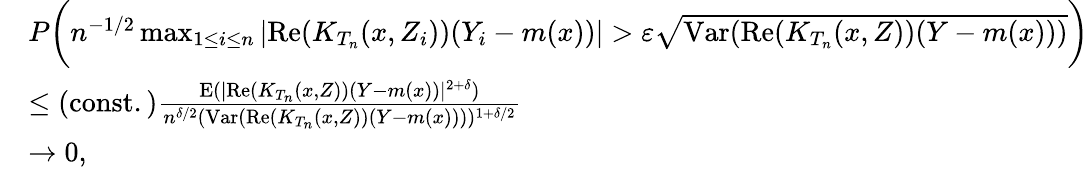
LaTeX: \begin{array}{rl}&{P\bigg(n^{-1/2}\operatorname*{max}_{1\leq i\leq n}|\mathrm{Re}(K_{T_{n}}(x,Z_{i}))(Y_{i}-m(x))|>\varepsilon\sqrt{\mathrm{Var}(\mathrm{Re}(K_{T_{n}}(x,Z))(Y-m(x)))}\bigg)}\\ &{\leq\mathrm{(const.)}\frac{\mathrm{E}(|\mathrm{Re}(K_{T_{n}}(x,Z))(Y-m(x))|^{2+\delta})}{n^{\delta/2}(\mathrm{Var}(\mathrm{Re}(K_{T_{n}}(x,Z))(Y-m(x))))^{1+\delta/2}}}\\ &{\rightarrow 0,}\end{array}